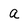
Character: a